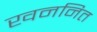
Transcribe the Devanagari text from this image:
खननित